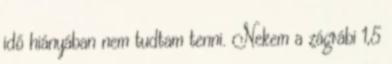
idő hiányában nem tudtam tenni. Nekem a zágrábi 1,5